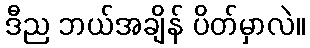
ဒီည ဘယ်အချိန် ပိတ်မှာလဲ။